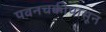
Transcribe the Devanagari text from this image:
पवनचक्कीपासून